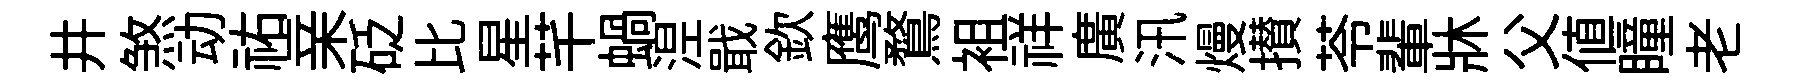
井煞动祐亲砭比星芊蝸𣵀戢欽鹰鶩袓祥廣汛熳攅苓輩牀父值瞳老